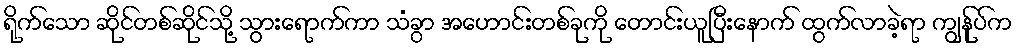
ရိုက်သော ဆိုင်တစ်ဆိုင်သို့ သွားရောက်ကာ သံခွာ အဟောင်းတစ်ခုကို တောင်းယူပြီးနောက် ထွက်လာခဲ့ရာ ကျွန်ုပ်က